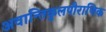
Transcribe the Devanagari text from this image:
अवान्तिकुलपौराणिक